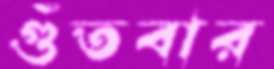
গুঁতবার